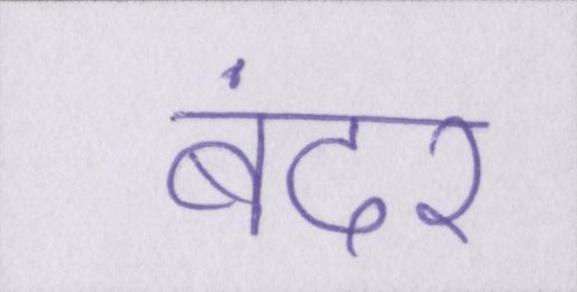
बंदर